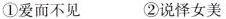
①爱而不见 ②说怿女美